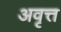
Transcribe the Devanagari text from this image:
अवृत्त